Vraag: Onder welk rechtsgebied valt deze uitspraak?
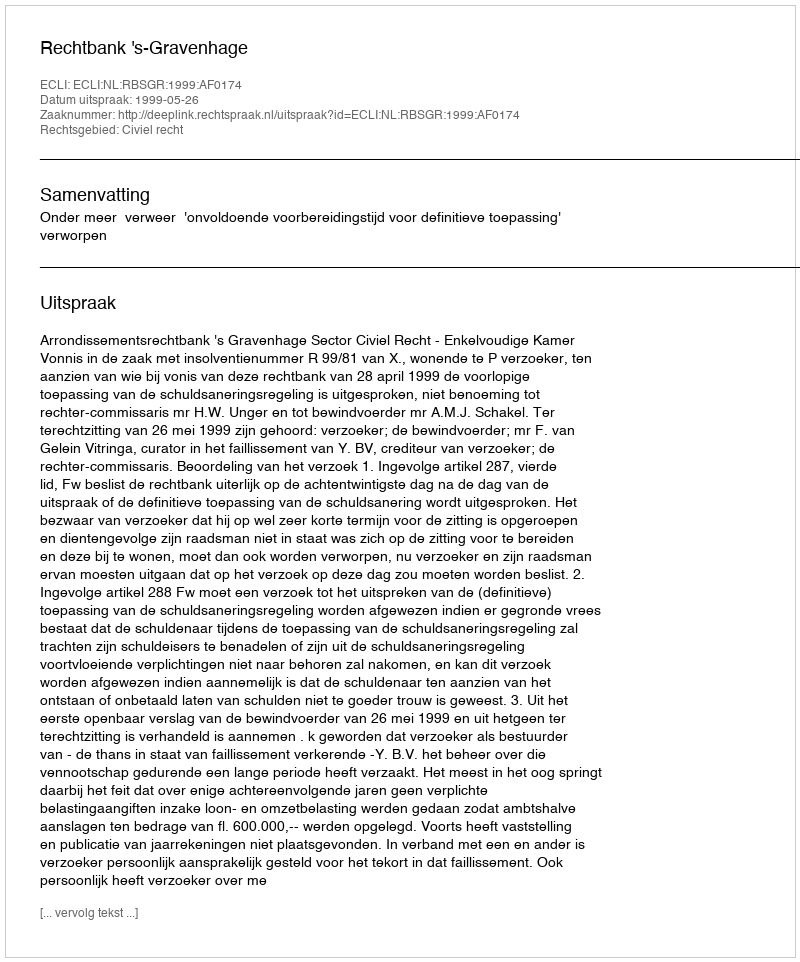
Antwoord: Civiel recht